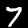
Digit: 7